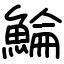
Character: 鯩